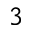
3